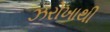
ઝરોખાથી